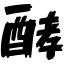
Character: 酵